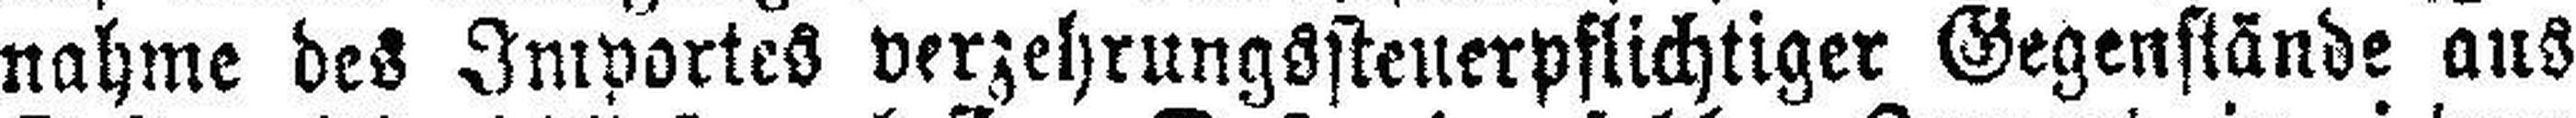
nahme des Importes verzehrungssteuerpflichtiger Gegenstände aus